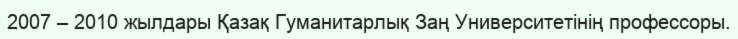
2007 – 2010 жылдары Қазақ Гуманитарлық Заң Университетінің профессоры.